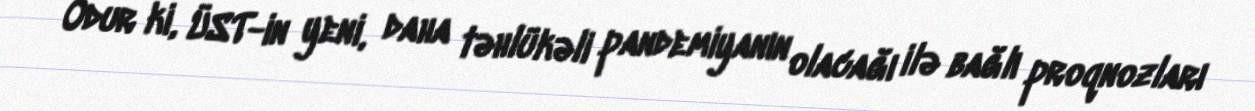
Odur ki, ÜST-in yeni, daha təhlükəli pandemiyanın olacağı ilə bağlı proqnozları